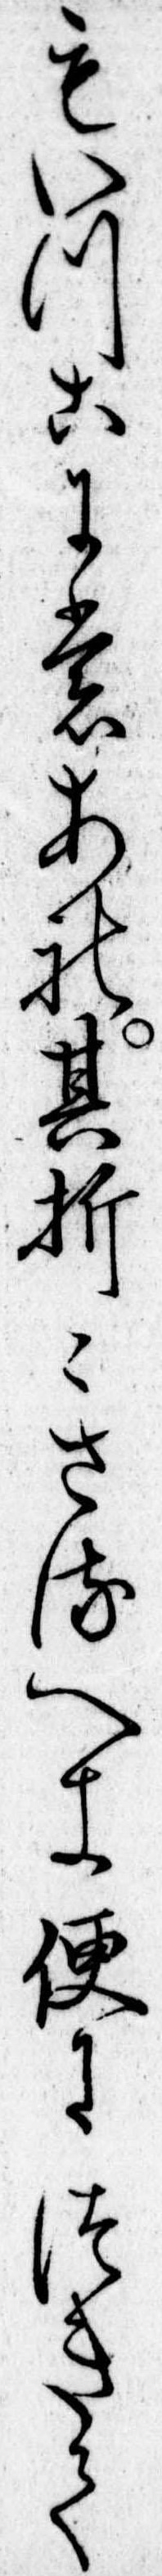
もいつこにもあれ其折さるへき便につきて